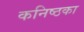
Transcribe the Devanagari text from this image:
कनिष्ठका